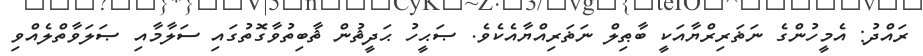
ރައްދު: އެމީހުންގެ ނަޡަރިރްޔާއަކީ ބާޠިލް ނަޡަރިއްޔާއެކެވެ. ޞަޙީހު ޙަދީޘުން ޘާބިތުވާގޮތުގައި ސަލާމާއި ޞަލަވާތްލެއްވި